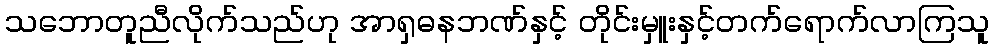
သဘောတူညီလိုက်သည်ဟု အာရှဓနဘဏ်နှင့် တိုင်းမှူးနှင့်တက်ရောက်လာကြသူ